Lunatic asylums Madras 1877-1891 - 1877-1891
Year: 1877
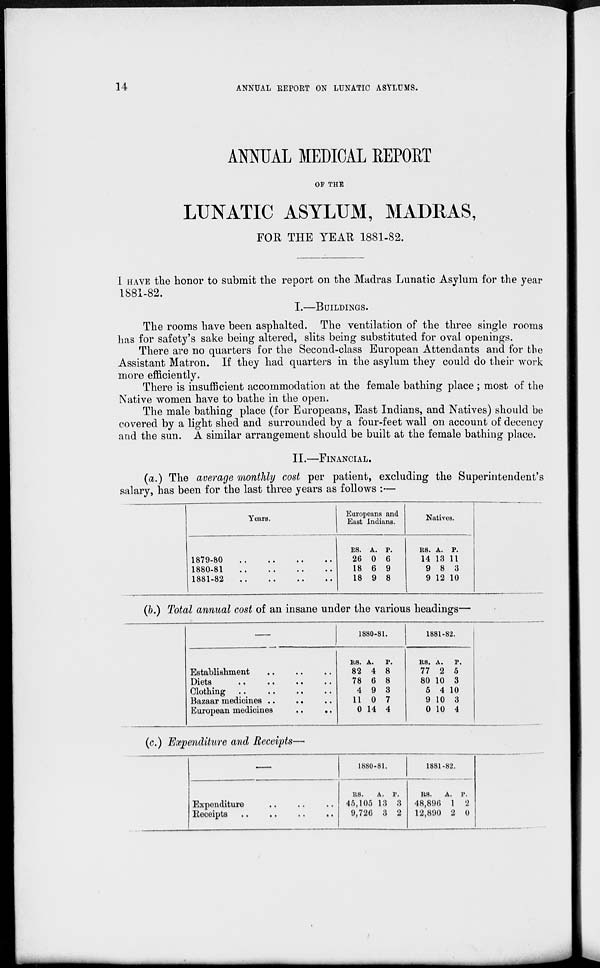
14
ANNUAL REPORT ON LUNATIC ASYLUMS.
ANNUAL MEDICAL REPORT
OF THE
LUNATIC ASYLUM, MADRAS,
FOR THE YEAR 1881-82.
I HAVE the honor to submit the report on the Madras Lunatic Asylum for the year
1881-82.
I.—BUILDINGS.
The rooms have been asphalted. The ventilation of the three single rooms
has for safety's sake being altered, slits being substituted for oval openings.
There are no quarters for the Second-class European Attendants and for the
Assistant Matron. If they had quarters in the asylum they could do their work
more efficiently.
There is insufficient accommodation at the female bathing place ; most of the
Native women have to bathe in the open.
The male bathing place (for Europeans, East Indians, and Natives) should be
covered by a light shed and surrounded by a four-feet wall on account of decency
and the sun. A similar arrangement should be built at the female bathing place.
II.—FINANCIAL.
(a.) The average monthly cost per patient, excluding the Superintendent's
salary, has been for the last three years as follows :—
Years.
1879-80
1880-81
1881-82
.. .. .. ..
.. .. .. ..
.. .. .. ..
Europeans and
East Indians.
RS.
26
18
18
A.
0
6
9
P.
6
9
8
Natives.
RS.
14
9
9
A.
13
8
12
P.
11
3
10
(b.) Total annual cost of an insane under the various headings—
Establishment .. .. ..
Diets .. .. .. ..
Clothing .. .. .. ..
Bazaar medicines ..
.. ..
European medicines
..
..
1880-81.
RS.
82
78
4
11
0
A.
4
6
9
0
14
P.
8
8
3
7
4
1881-82.
RS.
77
80
5
9
0
A.
2
10
4
10
10
P.
5
3
10
3
4
(c.) Expenditure and Receipts—
—
Expenditure .. .. ..
Receipts .. .. .. ..
1880-81.
RS.
45,105
9,726
A.
13
3
P.
3
2
1881-82.
RS.
48,896
12,890
A.
1
2
P.
2
0